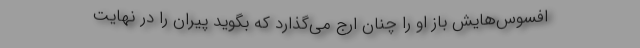
افسوس‌هایش باز او را چنان ارج می‌گذارد که بگوید پیران را در نهایت